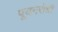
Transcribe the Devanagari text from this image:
पूयनरोधी